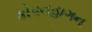
કોપનહાગન